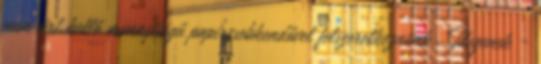
nem árt kellő mennyiségű papírzsebkendővel felszerelkeznünk . Idegenek -